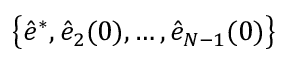
\big \{ \hat { e } ^ { * } , \hat { e } _ { 2 } ( 0 ) , \dots , \hat { e } _ { N - 1 } ( 0 ) \big \}